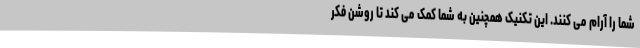
شما را آرام می کنند. این تکنیک همچنین به شما کمک می کند تا روشن فکر